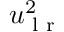
u _ { \textrm { l r } } ^ { 2 }